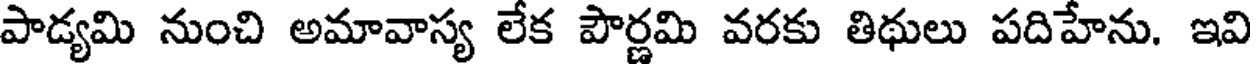
పాడ్యమి నుంచి అమావాస్య లేక పౌర్ణమి వరకు తిథులు పదిహేను. ఇవి